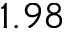
1 . 9 8